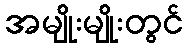
အမျိုးမျိုးတွင်